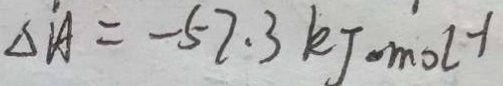
\Delta A = - 5 7 . 3 k J \cdot m o l ^ { - 1 }